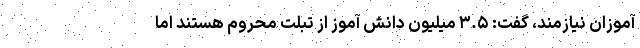
آموزان نیازمند، گفت: ۳.۵ میلیون دانش آموز از تبلت محروم هستند اما